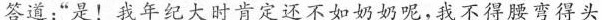
答道:“是!我年纪大时肯定还不如奶奶呢，我不得腰弯得头